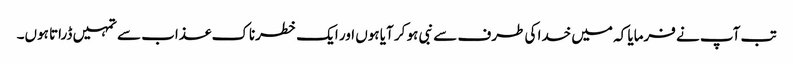
تب آپ نے فرمایا کہ میں خدا کی طرف سے نبی ہو کر آیا ہوں اور ایک خطرناک عذاب سے تمہیں ڈراتا ہوں۔